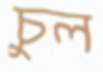
চুল